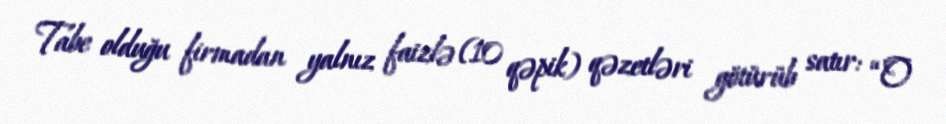
Tabe olduğu firmadan yalnız faizlə (10 qəpik) qəzetləri götürüb satır: “O